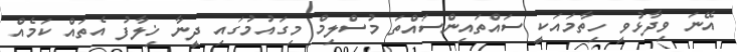
އޭނަ ވިދާޅުވީ ހިތާމައަކީ ސައްތައިންސައްތަ މުސްލިމް މިގައުމުގައި ދީނާ ޚިލާފު އެތައް ކަމެއް